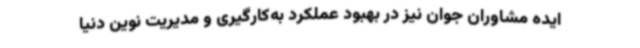
ایده مشاوران جوان نیز در بهبود عملکرد به‌کارگیری و مدیریت نوین دنیا